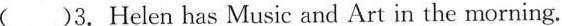
( )3. Helen has Music and Art in the morning.